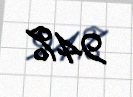
94%